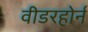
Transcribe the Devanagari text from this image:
वीडरहोर्न